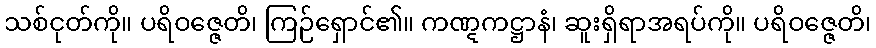
သစ်ငုတ်ကို။ ပရိဝဇ္ဇေတိ၊ ကြဉ်ရှောင်၏။ ကဏ္ဋကဋ္ဌာနံ၊ ဆူးရှိရာအရပ်ကို။ ပရိဝဇ္ဇေတိ၊